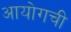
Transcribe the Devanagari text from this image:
आयोगची